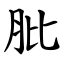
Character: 肶